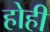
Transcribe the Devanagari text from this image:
होही